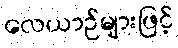
လေယာဉ်များဖြင့်